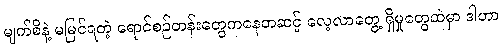
မျက်စိနဲ့ မမြင်ရတဲ့ ရောင်စဉ်တန်းတွေကနေတဆင့် လေ့လာတွေ့ ရှိမှုတွေထဲမှာ ဒါဟာ